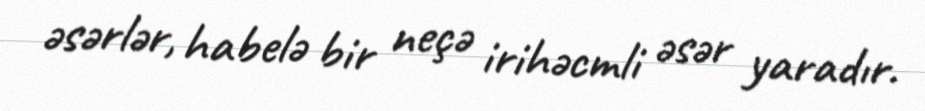
əsərlər, habelə bir neçə irihəcmli əsər yaradır.